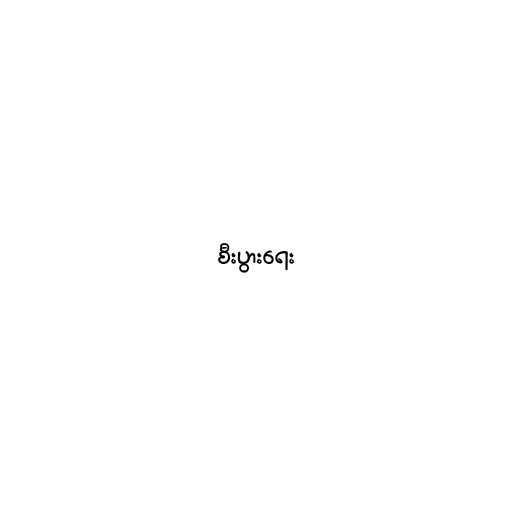
စီးပွားရေး